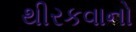
થીરકવાનો